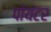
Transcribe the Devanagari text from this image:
पोयंटर